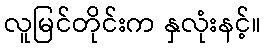
လူမြင်တိုင်းက နှလုံးနင့်။